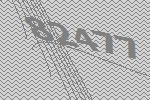
82477